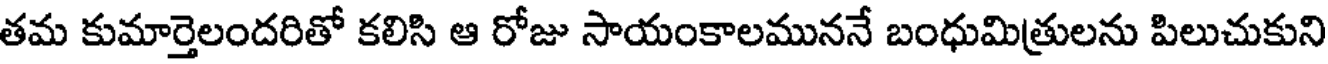
తమ కుమార్తెలందరితో కలిసి ఆ రోజు సాయంకాలముననే బంధుమిత్రులను పిలుచుకుని